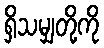
ရှိသမျှတို့ကို